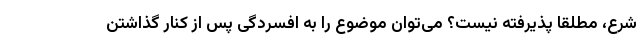
شرع، مطلقا پذیرفته نیست؟ می‌توان موضوع را به افسردگی پس از کنار گذاشتن